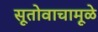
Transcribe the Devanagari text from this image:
सूतोवाचामूळे